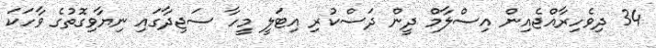
34 ދިވެހިރާއްޖެއިން އިސްލާމް ދީން ދަސްކުރި އިޓަލީ މީހާ ސަޖިދާގައި ނިޔާވިގޮތުގެ ވާހަކަ